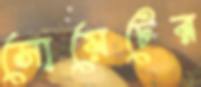
সোয়েটের